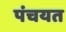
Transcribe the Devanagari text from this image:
पंचयत